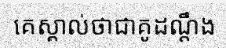
គេស្គាល់ថាជាគូដណ្តឹង